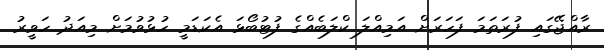
ރާއްޖޭގައި ފުރަތަމަ ފަހަރަށް އަމިއްލަ ކްލަބެއްގެ ފުޓުބޯޅަ އެކަޑަމީ ހުޅުވުމަށް މިއަދު ހަވީރު